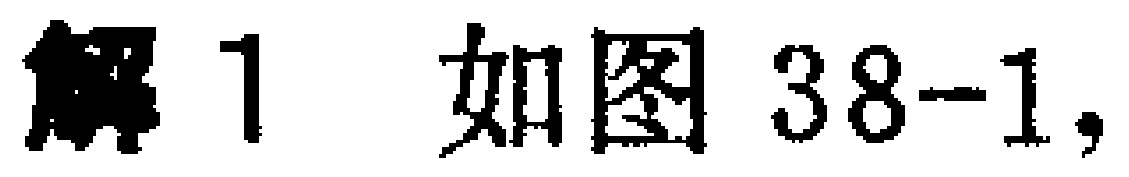
解1 如图38-1,